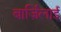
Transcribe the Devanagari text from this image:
बार्ज़िलाई